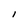
Character: l